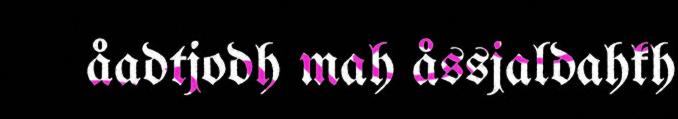
åadtjodh mah åssjaldahkh